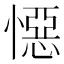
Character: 𭞪